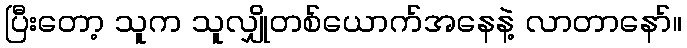
ပြီးတော့ သူက သူလျှိုတစ်ယောက်အနေနဲ့ လာတာနော်။